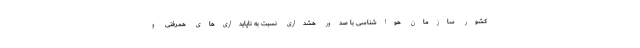
کشور سازمان هواشناسی با صدور هشداری نسبت به ناپایداری‌های همرفتی و